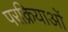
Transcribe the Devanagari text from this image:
परक्रियाओं